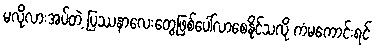
မလိုလားအပ်တဲ့ ပြဿနာလေးတွေဖြစ်ပေါ်လာစေနိုင်သလို ကံမကောင်းရင်